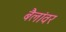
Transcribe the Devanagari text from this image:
बैलांवर